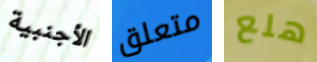
الأجنبية متعلق هلع